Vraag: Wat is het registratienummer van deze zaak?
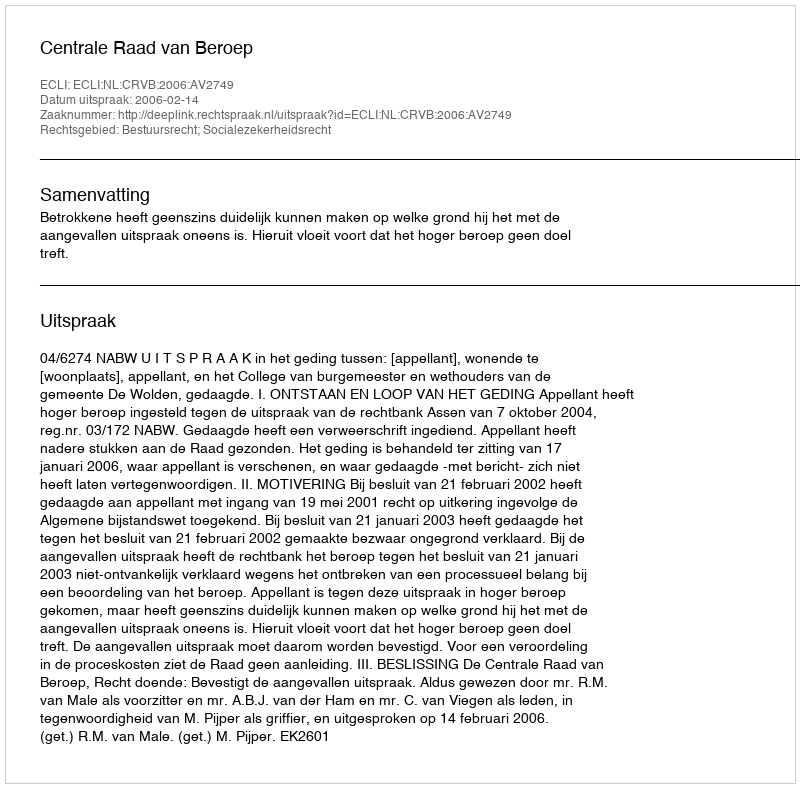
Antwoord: http://deeplink.rechtspraak.nl/uitspraak?id=ECLI:NL:CRVB:2006:AV2749